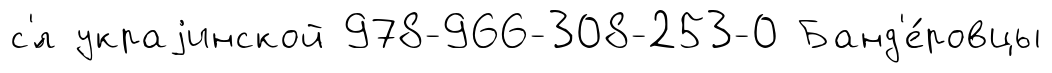
с'́л украjинской 978-966-308-253-0 Банд'е́ровцы